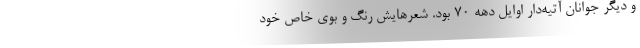
و دیگر جوانان آتیه‌دار اوایل دهه ۷۰ بود. شعرهایش رنگ و بوی خاص خود